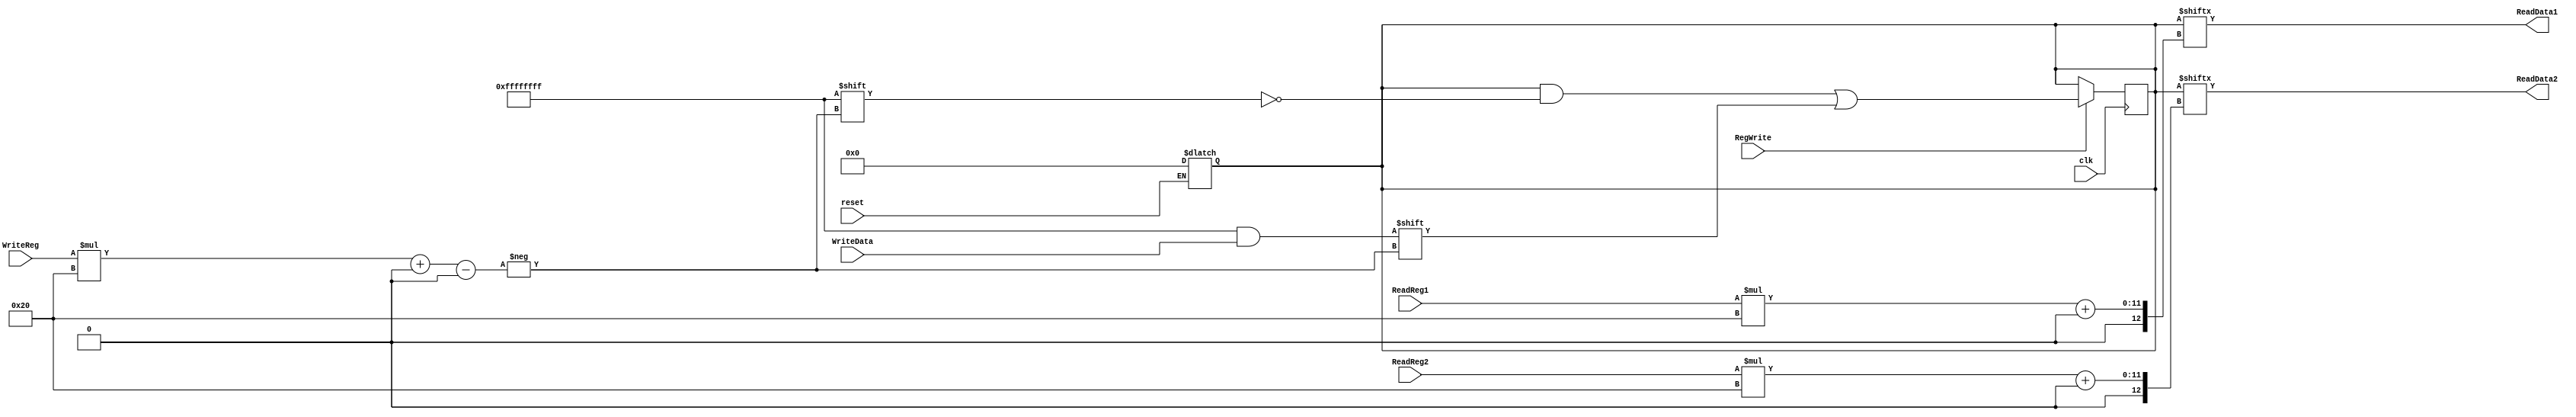
module RegFile32(clk,reset,ReadReg1,ReadReg2,WriteData,WriteReg,RegWrite,ReadData1,ReadData2); 

input clk, reset, RegWrite;
input[31:0] WriteData;
output[31:0] ReadData1, ReadData2;
input[4:0] ReadReg1, ReadReg2, WriteReg;
reg[1023:0] registers;

always @ (posedge clk)
begin
if (RegWrite)
registers[WriteReg*32 +: 32] <= WriteData;
end

always @ (reset)
begin
if (!reset)
registers = 1024'b00;
end


assign ReadData1 = registers[ReadReg1*32 +: 32];
assign ReadData2 = registers[ReadReg2*32 +: 32];

integer i;
   initial
   begin
      for(i=0;i<32;i=i+1)
      begin:init //100110-10100-11101-11011-11011-101101
         registers[32*i +:32] =32'hFFFFFFFF;
      end
   end

endmodule